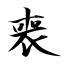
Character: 喪